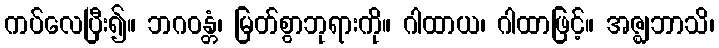
ကပ်လေပြီး၍။ ဘဂဝန္တံ၊ မြတ်စွာဘုရားကို။ ဂါထာယ၊ ဂါထာဖြင့်။ အဇ္ဈဘာသိ၊